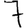
Digit: 7